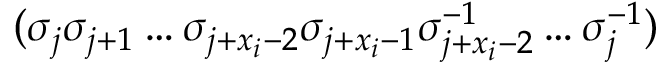
( \sigma _ { j } \sigma _ { j + 1 } \dots \sigma _ { j + x _ { i } - 2 } \sigma _ { j + x _ { i } - 1 } \sigma _ { j + x _ { i } - 2 } ^ { - 1 } \dots \sigma _ { j } ^ { - 1 } )